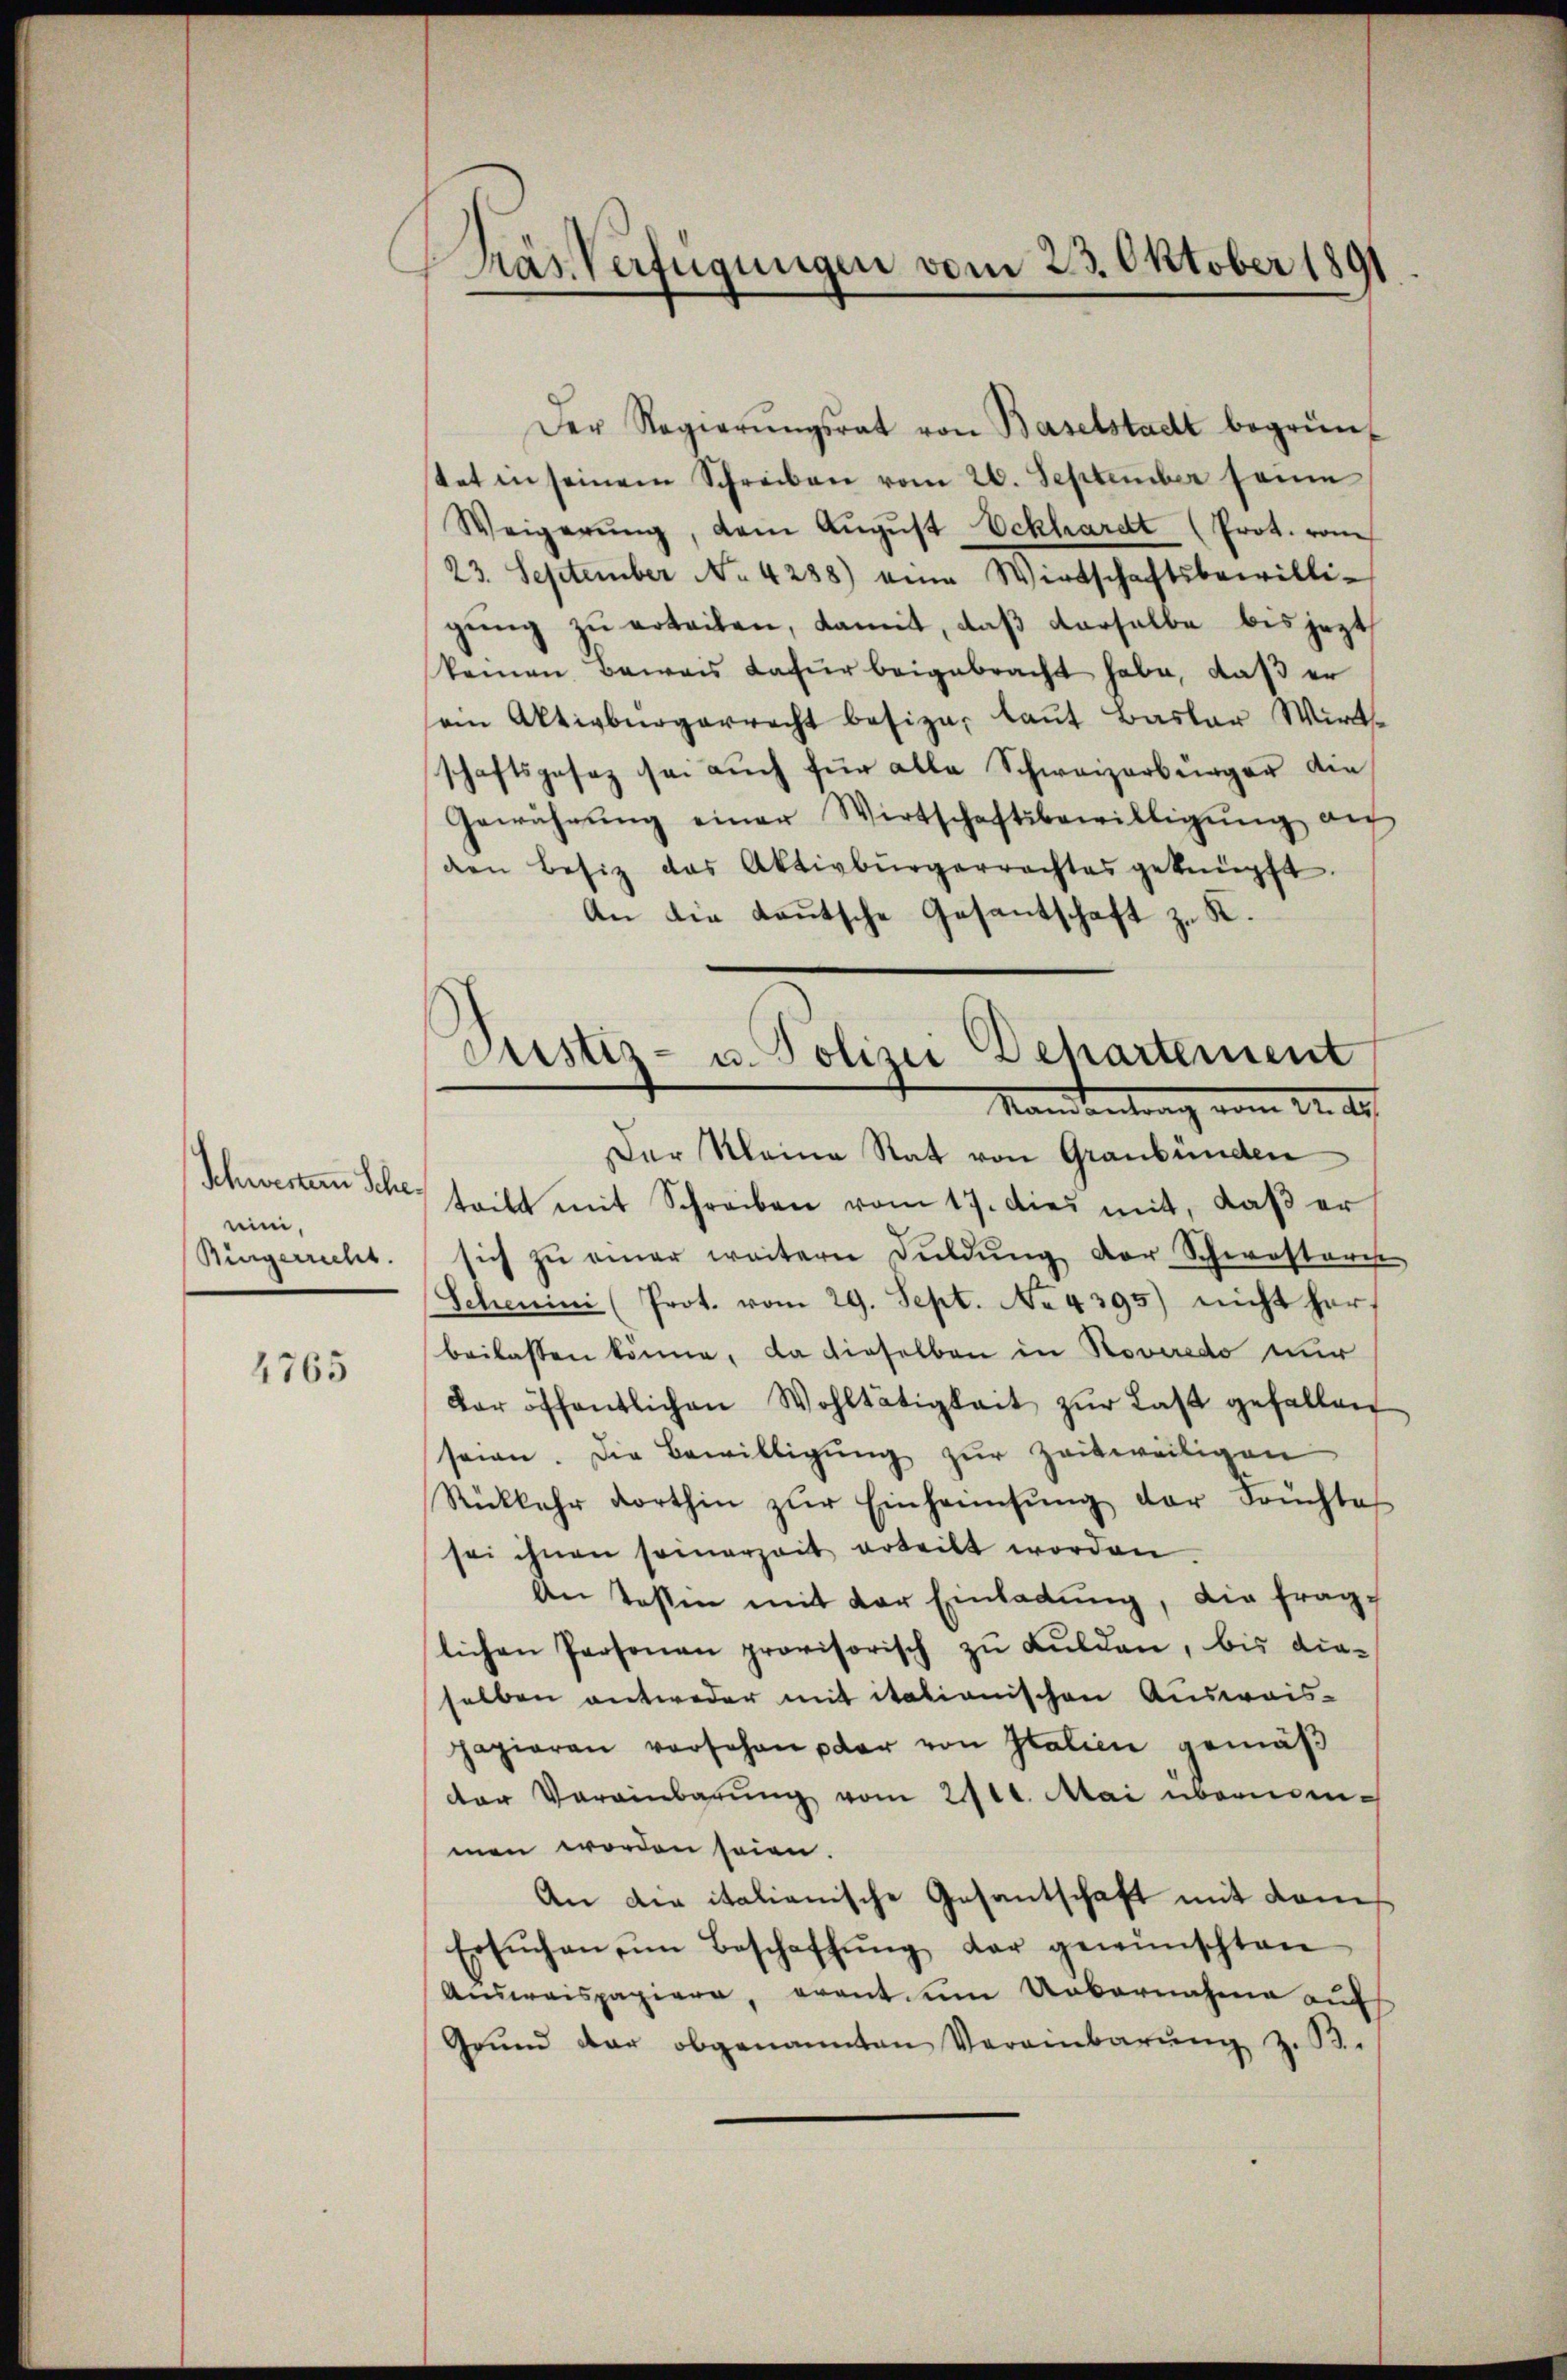
Schwerten Scheein,
Bingerrecht.

1765

as Verfügungen vom 23. Oktober 1891

Der Regierŭngsrat von Baselstadt begrün
tat in seinem Schreiben vom 26. September seine
Weigerŭng, dem Aŭgŭst Eckhardt (Prot. von
23. September No. 4238) eine Wirtschaftsbewilligŭng zŭ erteilen, damit, daβ derselbe bis jezt
keinen Beweis dafür beigebracht habe, daß er
an Aktivbürgerrecht besiza, laut Basler Wirt-
schaftsgesez sei auch für alle Schweizerbürger die¬
Gewährŭng einer Wirtschaftsbewilligŭng an
den Besiz das Aktivbürgerrachtes geknüpft.
An die Lautsche Gesantschaft zu K.
Der Kleine Rat von Graubünden
teilt mit Schreiben vom 17. dies mit, daβ er
sich zŭ einer weitern Dŭldŭng der Schwisteris
Scheini (Prot. vom 29. Sept. No 4395) nicht her,
beilassen könne, da dieselben in Roveredo nur
dor öffentlichen Wohltätigkeit zŭr Last gefallen
seien. Die Bewilligung zur Zeitweiligen
Rückkehr dorthin zŭr Einheimsŭng der Früchtes
sei ihnen somerzeit erteilt worden
An Kosten mit der Einladŭng, die fraglichen Personen provisorisch zŭ Kŭlden, bis die-
selben antweder mit itationischen Ausweis-
papieren versehen paar von Italien gemäβ
der Vereinbarŭng vom 2110. Mai übernommen worden seien.
An die italianische Gesantschaft mit Kam
Ersŭchen im Beschaffŭng der gewünschten
Aŭsweispapiere, erant. um Uebernahme auf
Grŭnd der obgenannten Veranbarŭng z. B.

Justiz- u. Polizei Departement
Mandantrag vom 22. ds.